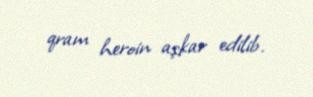
qram heroin aşkar edilib.